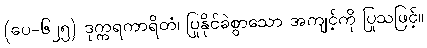
(ပေ-၆၂၅) ဒုက္ကရကာရိတံ၊ ပြုနိုင်ခဲစွာသော အကျင့်ကို ပြုသဖြင့်။